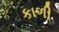
કાળી